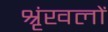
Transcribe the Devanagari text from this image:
श्रृंखलों